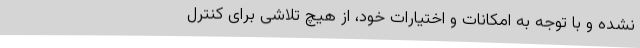
نشده و با توجه به امکانات و اختیارات خود، از هیچ تلاشی برای کنترل